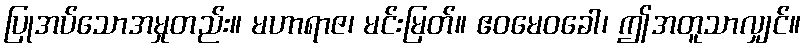
ပြုအပ်သောအမှုတည်း။ မဟာရာဇ၊ မင်းမြတ်။ ဧဝမေဝခေါ၊ ဤအတူသာလျှင်။